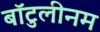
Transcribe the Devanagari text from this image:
बॉटुलीनम